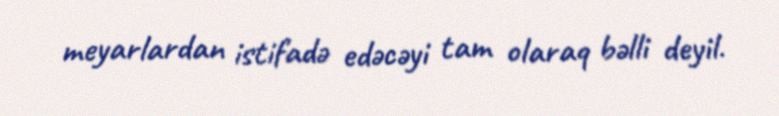
meyarlardan istifadə edəcəyi tam olaraq bəlli deyil.